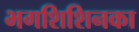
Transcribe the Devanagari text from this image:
भगशिशिनका